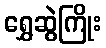
ရွှေဆွဲကြိုး